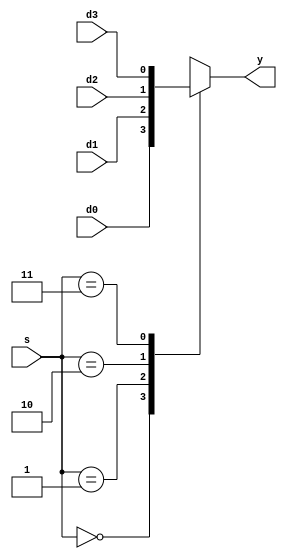
// 4:1 Multiplexer (case)

module P1_MUX_case_DUT(
    output  reg     y,
    input           d0,
    input           d1,
    input           d2,
    input           d3,
    input   [1:0]   s
);

    always @(*) begin
        case(s)
            2'b00:      y = d0;
            2'b01:      y = d1;
            2'b10:      y = d2;
            2'b11:      y = d3;
        endcase
    end

endmodule